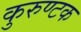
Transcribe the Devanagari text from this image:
कुरुण्टक